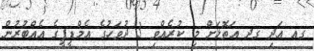
ގއ އަދި ގދ އަތޮޅަށް މި ކުރެއްވި 3 ދުވަހުގެ އެމްޑީޕީގެ އެއްބުރުން